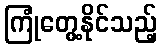
ကြုံတွေ့နိုင်သည့်